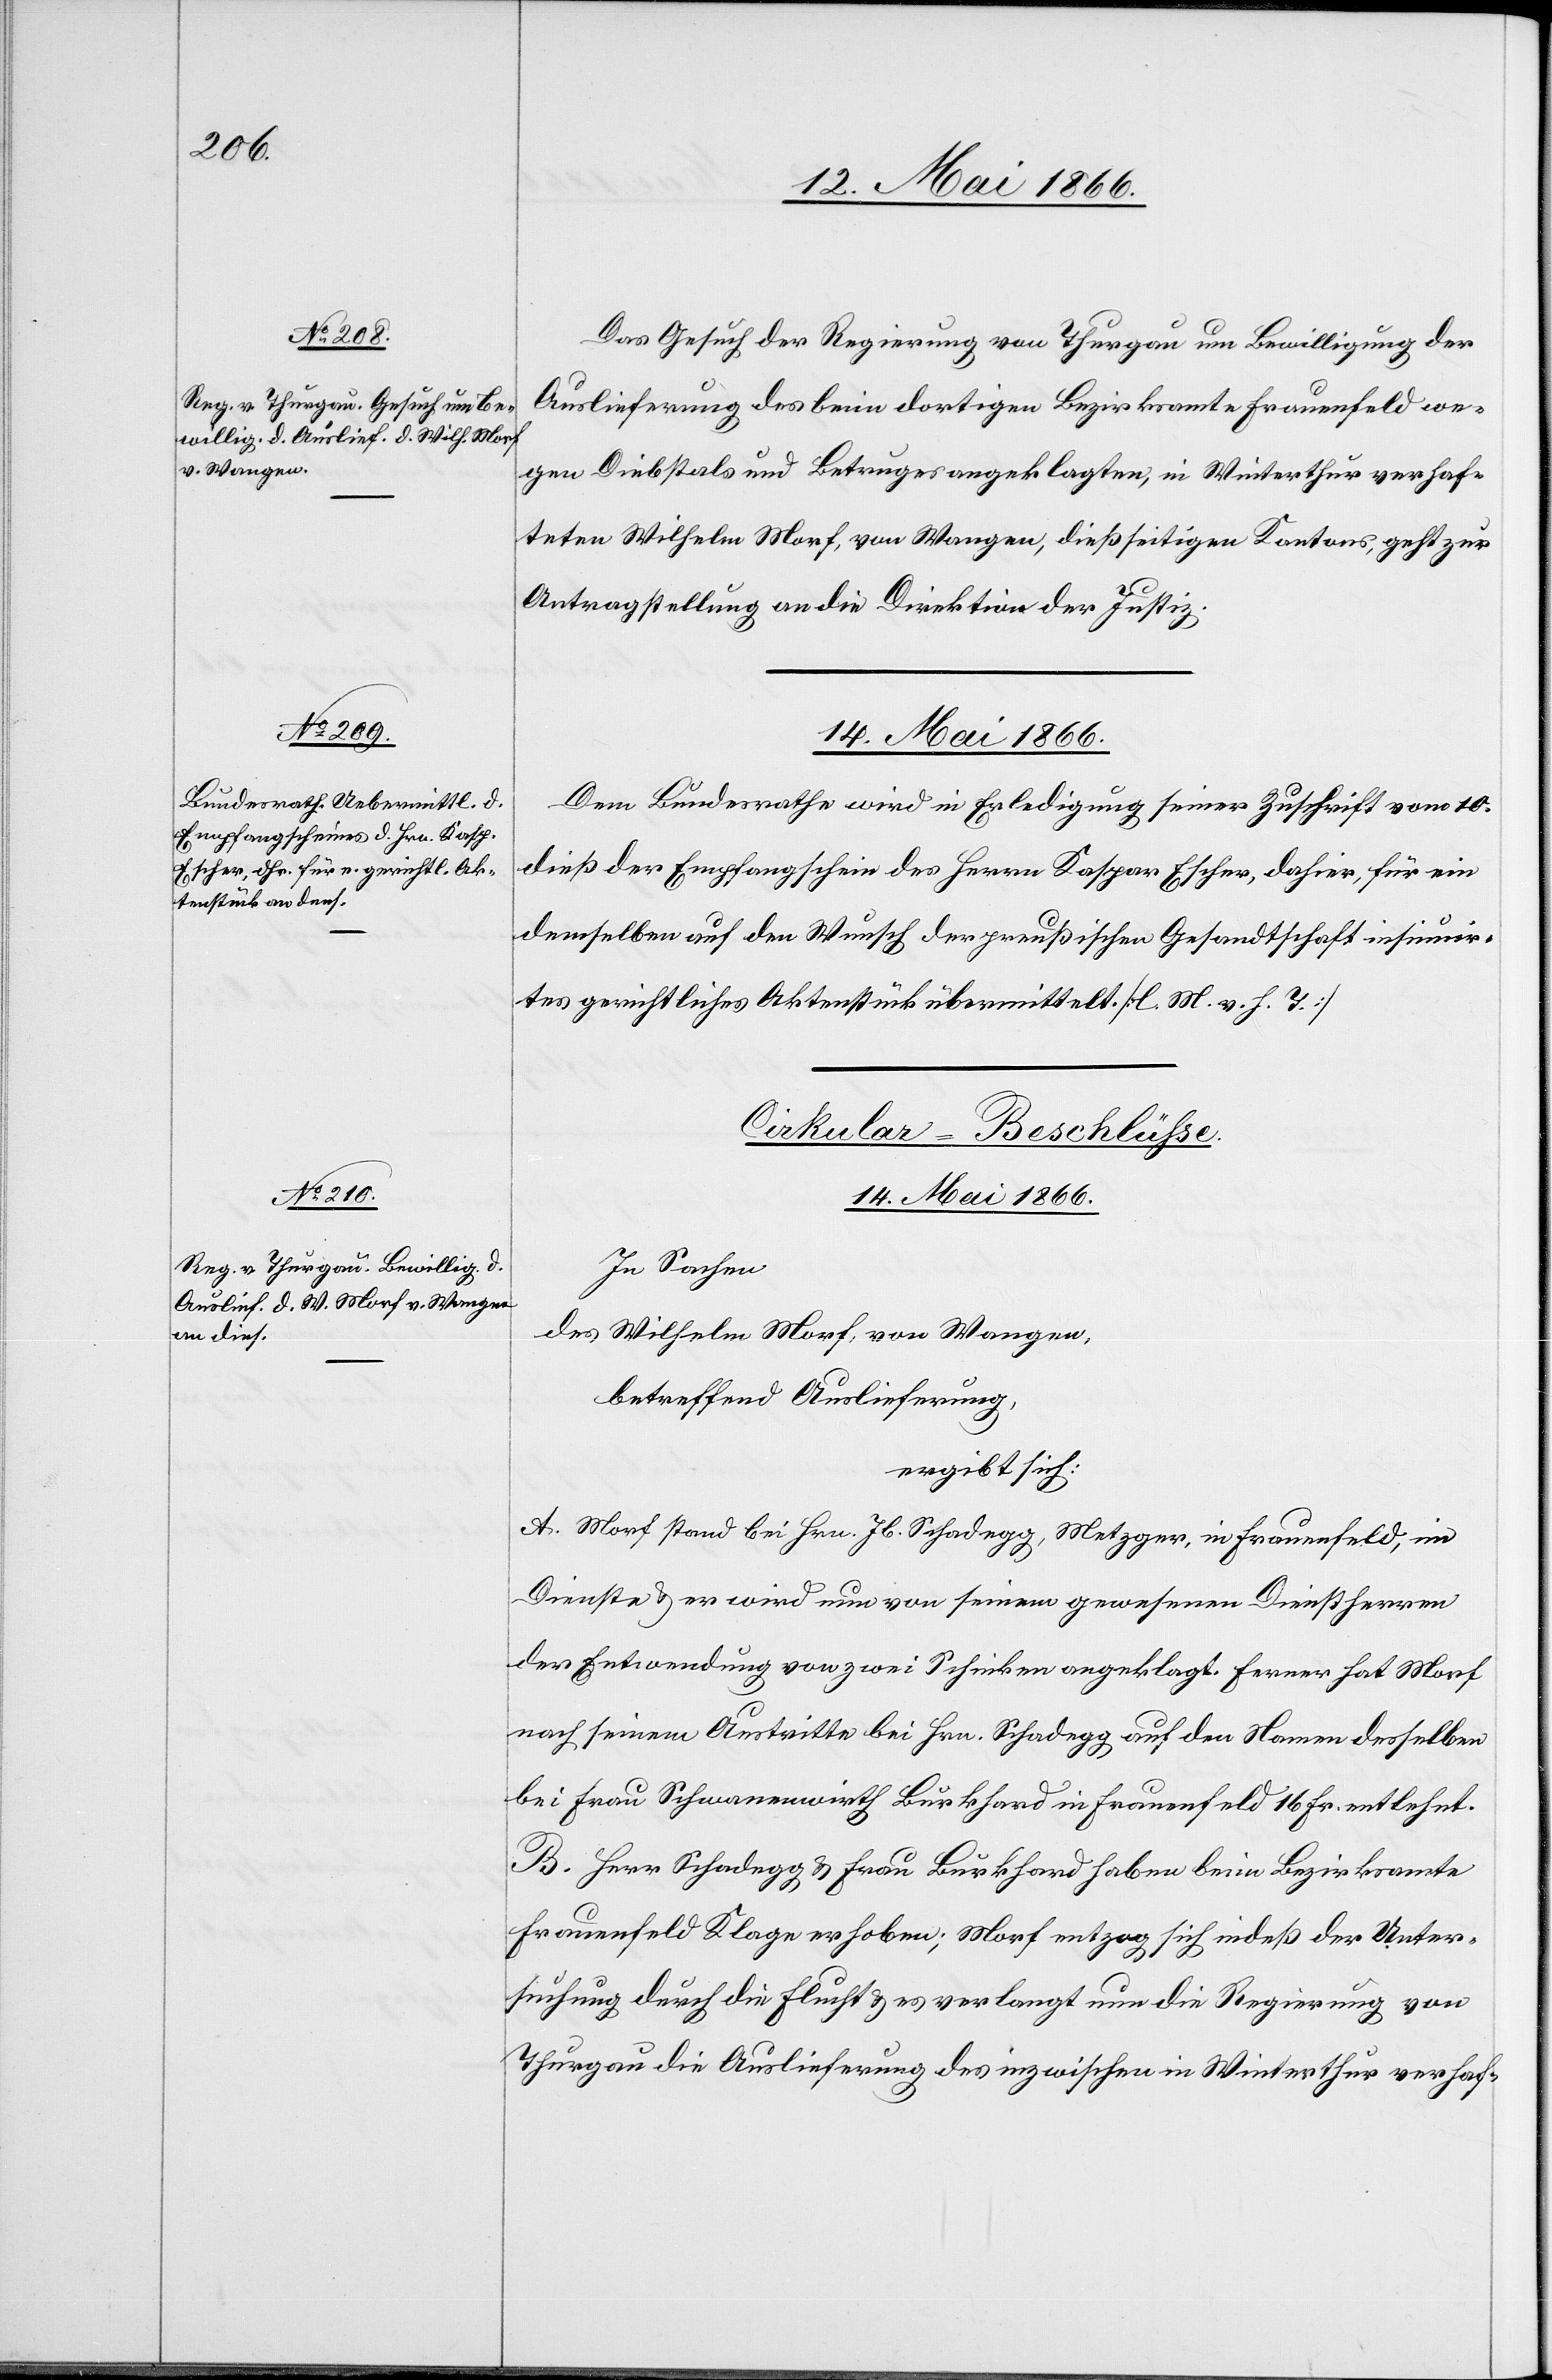
12. Mai 1866.]
Das Gesuch der Regierung von Thurgau um Bewilligung der
Auslieferung des beim dortigen Bezirksamte Frauenfeld we¬
gen Diebstals und Betruges angeklagten, in Winterthur verhaf¬
teten Wilhelm Morf, von Wangen, dießseitigen Kantons, geht zur
Antragstellung an die Direktion der Justiz.
14. Mai 1866.
Dem Bundesrath wird in Erledigung seiner Zuschrift vom 10.
dieß der Empfangschein des Herrn Kaspar Escher, dahier, für ein
demselben auf dem Wunsch der preußischen Gesandtschaft insinuir¬
tes gerichtliches Aktenstück übermittelt. [l. M. v. h. T.]
Cirkular-Beschlüße.
14. Mai 1866.
In Sachen
des Wilhelm Morf, von Wangen,
betreffend Auslieferung,
ergibt sich:
A. Morf stand bei Hrn. Jb. Schadegg, Metzger, in Frauenfeld, im
Dienste u. er wird nun von seinem gewesenen Dienstherrn
der Entwendung von zwei Schinken angeklagt. Ferner hat Morf
nach seinem Austritte bei Hrn. Schadegg auf den Namen desselben
bei Frau Schwanenwirth Burkhard in Frauenfeld 16 Fr. entlehnt.
B. Herr Schadegg u. Frau Burkhard haben beim Bezirksamte
Frauenfeld Klage erhoben; Morf entzog sich indeß der Unter¬
suchung durch die Flucht u. es verlangt nun die Regierung von
Thurgau die Auslieferung des inzwischen in Winterthur verhaf-